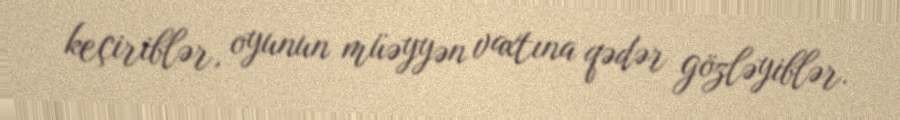
keçiriblər, oyunun müəyyən vaxtına qədər gözləyiblər.